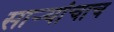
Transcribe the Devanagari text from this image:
साऱ्यांचाच